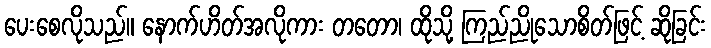
ပေးစေလိုသည်။ နောက်ဟိတ်အလိုကား တတော၊ ထိုသို့ ကြည်ညိုသောစိတ်ဖြင့် ဆိုခြင်း